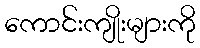
ကောင်းကျိုးများကို